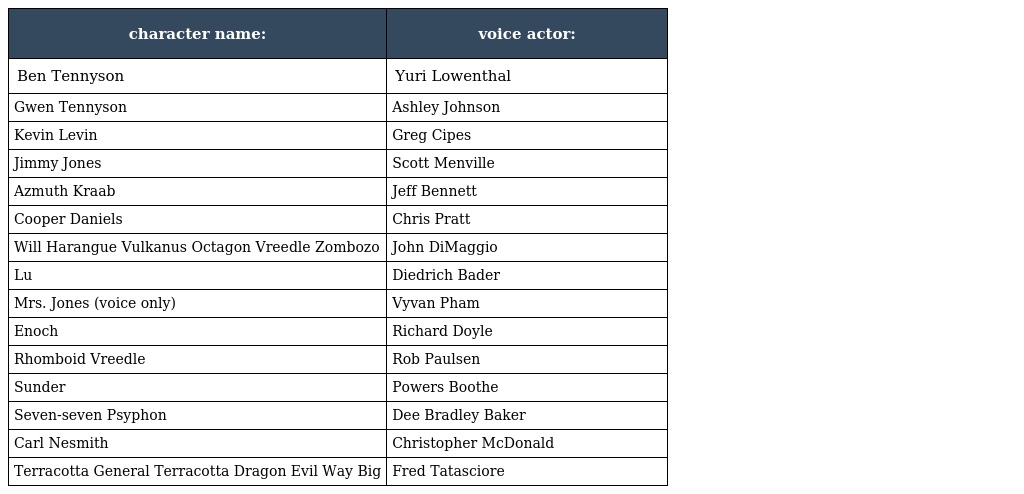
| character name: | voice actor: |
 | --- | --- |
 | Ben Tennyson | Yuri Lowenthal |
 | Gwen Tennyson | Ashley Johnson |
 | Kevin Levin | Greg Cipes |
 | Jimmy Jones | Scott Menville |
 | Azmuth Kraab | Jeff Bennett |
 | Cooper Daniels | Chris Pratt |
 | Will Harangue Vulkanus Octagon Vreedle Zombozo | John DiMaggio |
 | Lu | Diedrich Bader |
 | Mrs. Jones (voice only) | Vyvan Pham |
 | Enoch | Richard Doyle |
 | Rhomboid Vreedle | Rob Paulsen |
 | Sunder | Powers Boothe |
 | Seven-seven Psyphon | Dee Bradley Baker |
 | Carl Nesmith | Christopher McDonald |
 | Terracotta General Terracotta Dragon Evil Way Big | Fred Tatasciore |